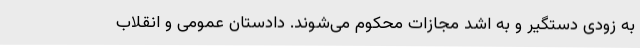
به زودی دستگیر و به اشد مجازات محکوم می‌شوند. دادستان عمومی و انقلاب